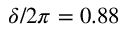
\delta / 2 \pi = 0 . 8 8